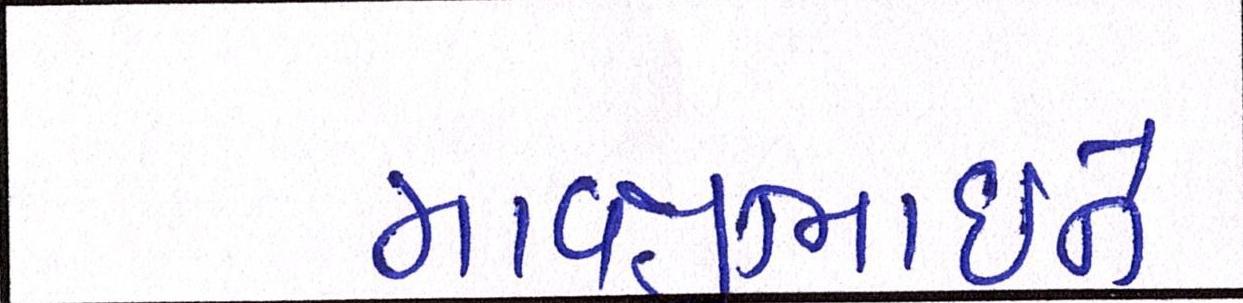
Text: માવજીભાઇને